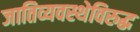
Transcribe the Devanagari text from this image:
जातिव्यवस्थेविरुद्ध